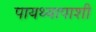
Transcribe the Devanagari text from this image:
पायथ्यापाशी